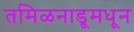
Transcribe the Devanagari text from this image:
तमिळनाडूमधून